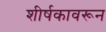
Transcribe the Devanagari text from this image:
शीर्षकावरून